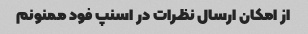
از امکان ارسال نظرات در اسنپ فود ممنونم